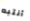
أنتبه